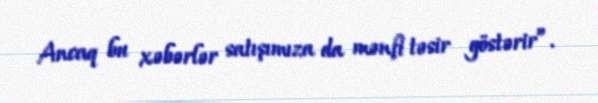
Ancaq bu xəbərlər satışımıza da mənfi təsir göstərir”.